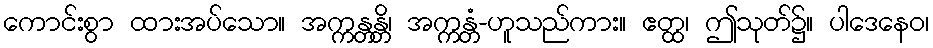
ကောင်းစွာ ထားအပ်သော။ အက္ကန္တန္တိ၊ အက္ကန္တံ-ဟူသည်ကား။ ဧတ္ထ၊ ဤသုတ်၌။ ပါဒေနေဝ၊